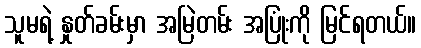
သူမရဲ့ နှုတ်ခမ်းမှာ အမြဲတမ်း အပြုံးကို မြင်ရတယ်။